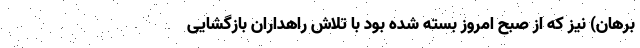
برهان) نیز که از صبح امروز بسته شده بود با تلاش راهداران بازگشایی